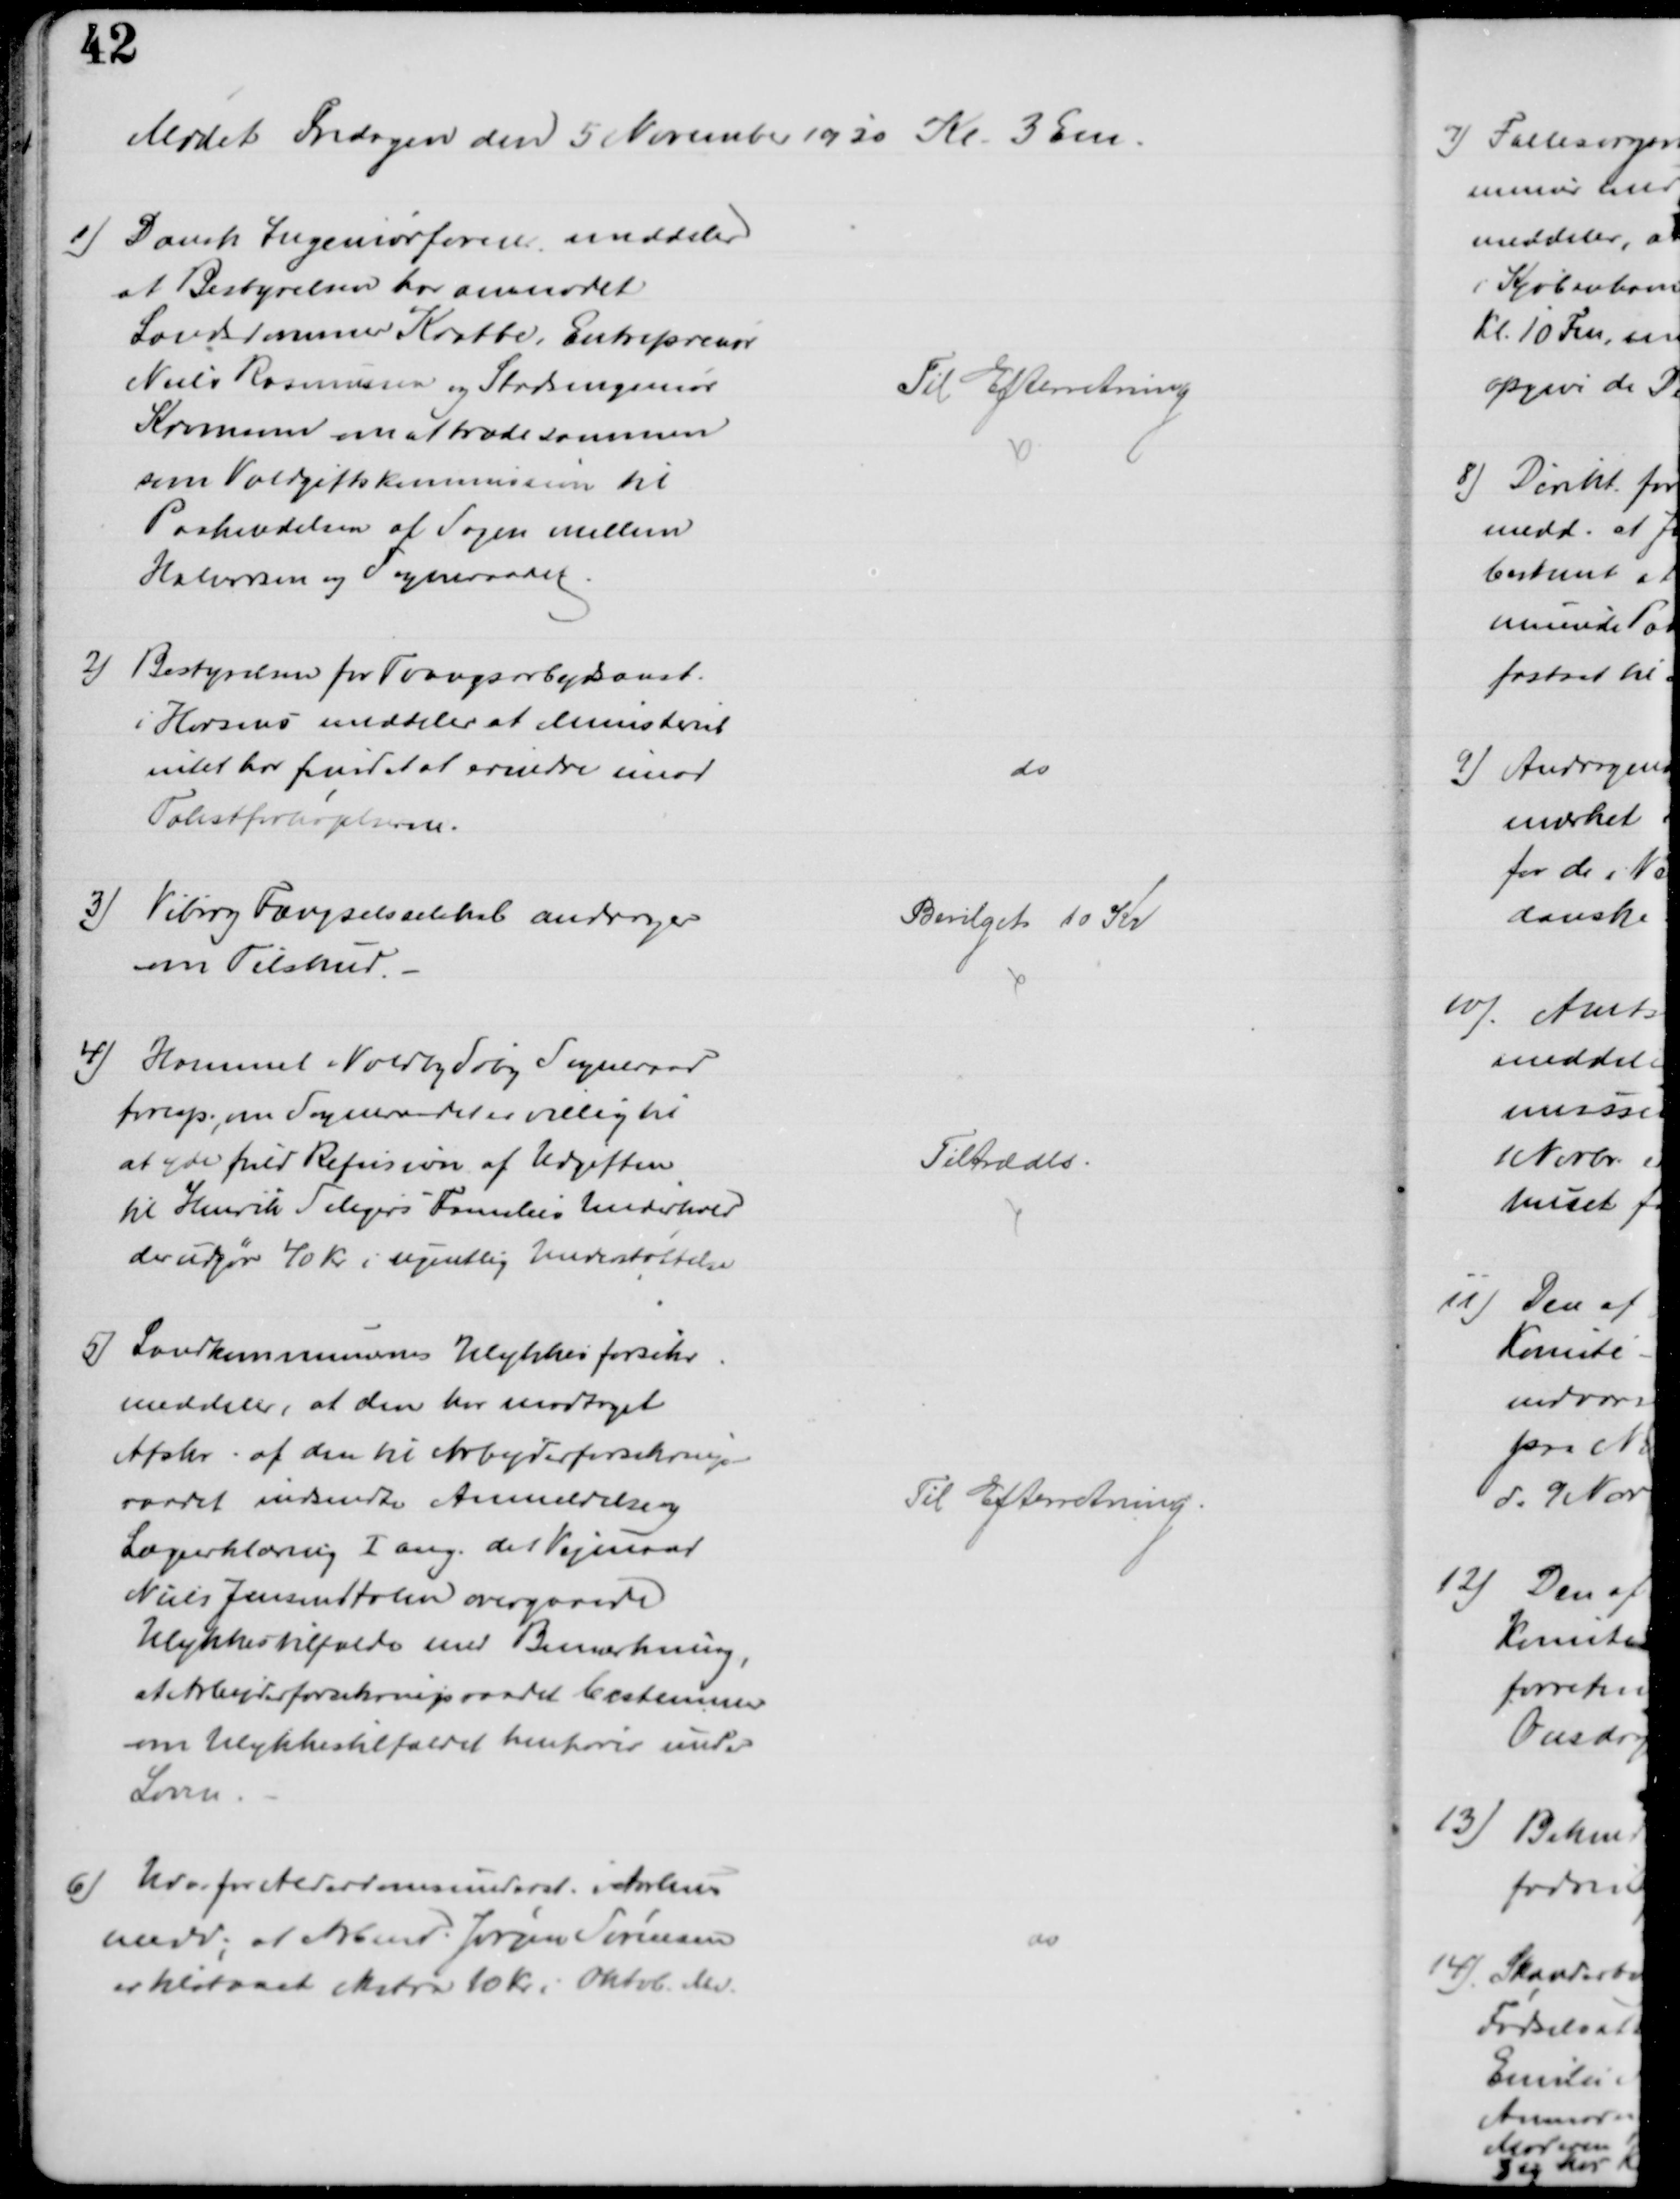
Transskription:
Mødet Fredagen den 5 November 1920 Kl. 3 Em.
1) Dansk Ingeniørforen. meddeler
at Bestyrelsen har anmodet
Landsdommer Krabbe, Entreprenør
Niels Rasmussen og Stadsingeniør
Kromann om at træde sammen
som Voldgiftskommission til
Paakendelsen af Sagen mellem
Halvorsen og Sogneraadet
Til Efterretning
2) Bestyrelsen for Tvangsarbejdsanst.
i Horsens meddeler at Ministeriet
intet for fundet at erindre imod
Takstforhøjelserne.
do
3) Viborg Fængselsselskab andrager
om Tilskud.
Bevilget 10 Kr
4) Hammel-Voldby Søby Sogneraad
foresp., om Sogneraadet er villig til
at yde fuld Refusion af Udgiften
til Henrik Seligers Families Underhold
der udgør 40 Kr i ugentlig Understøttelse
Tiltrædes.
5) Landkommunernes Ulykkesforsikr.
meddeler, at den har modtaget
Afskr. af den til Arbejderforsikrings-
raadet indsendte Anmeldelse og
Lægeerklæring I ang. det Vejmand
Niels Jensen Holm overgaaede
Ulykkestilfælde med Bemærkning,
at Arbejderforsikringsraadet bestemmer
om Ulykkestilfældet henhører under
Loven
Til Efterretning.
6) Udv. for Alderdomsunderst. i Aarhus
medd, at Arbmd. Jørgen Sørensen
er tilstaaet ekstra 10 Kr i Oktob. Md. 
do